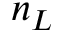
n _ { L }